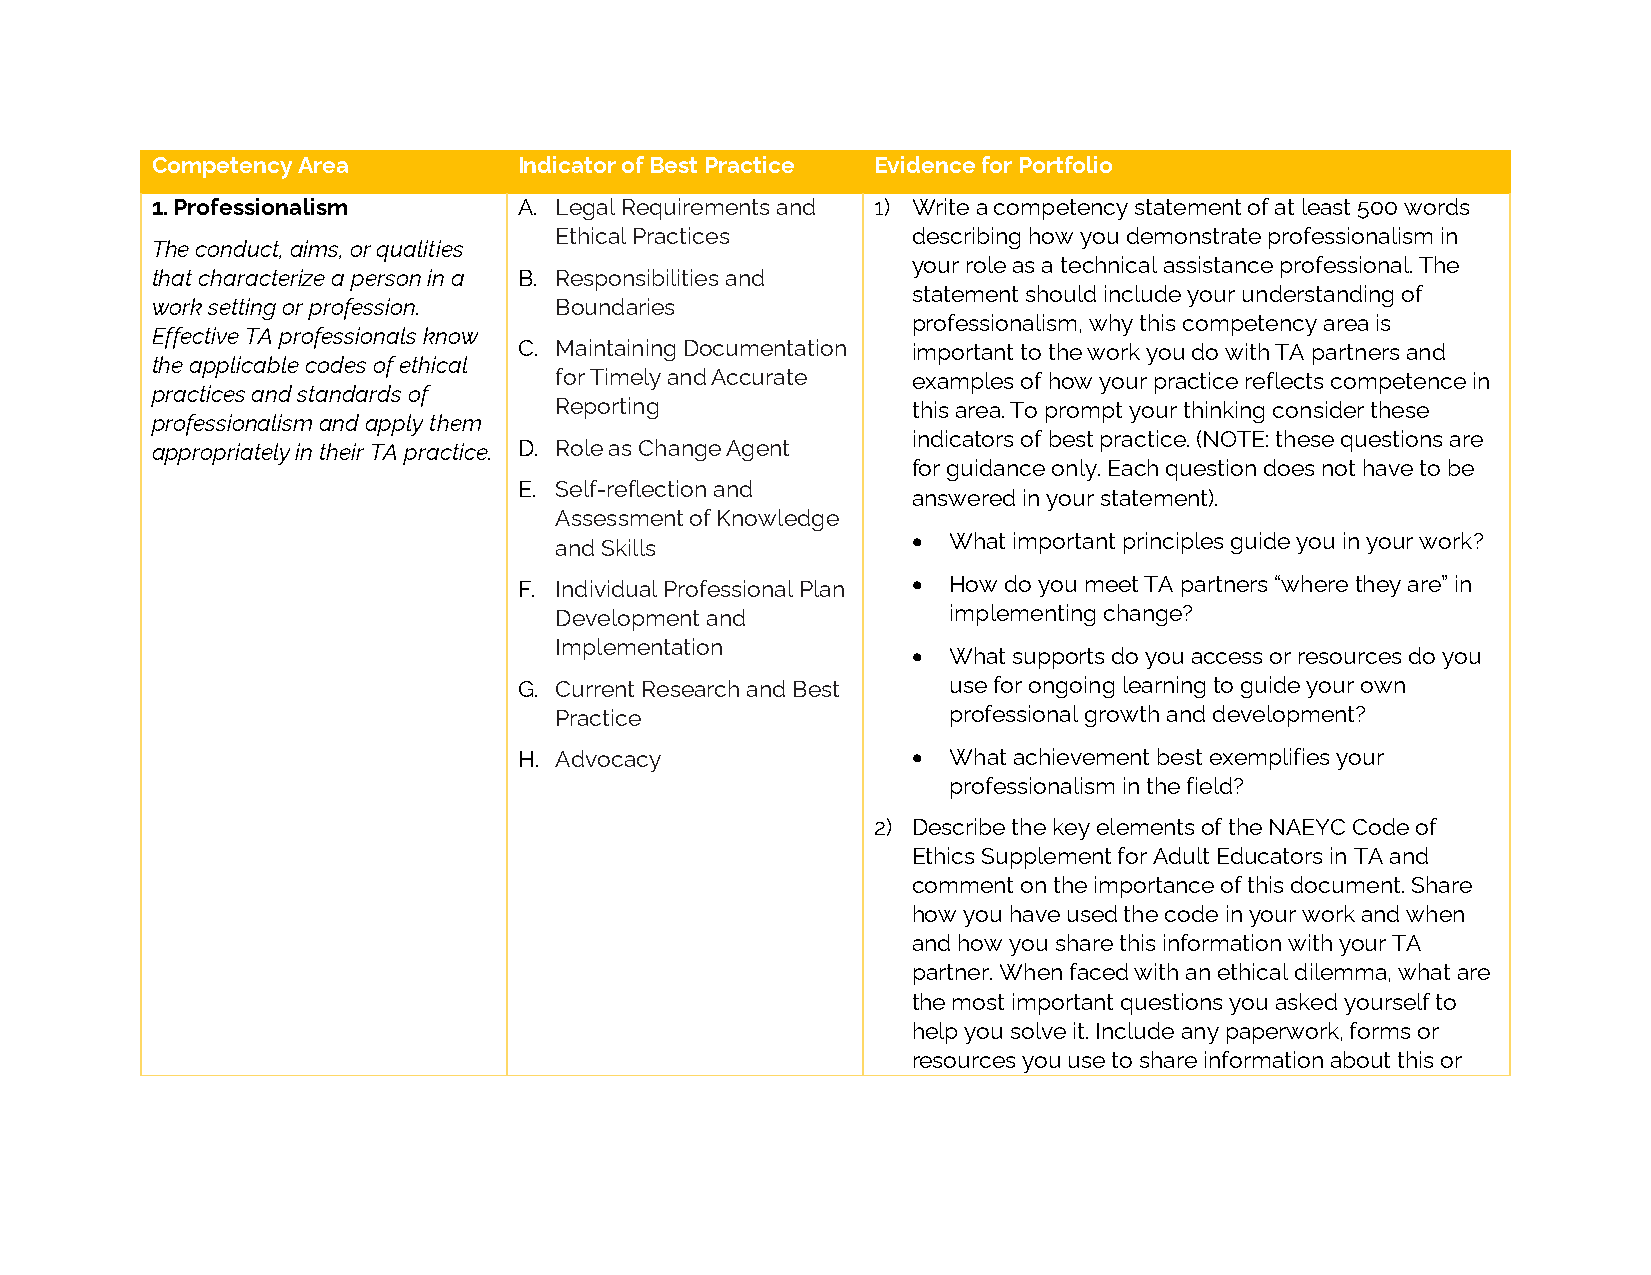
Competency Area         Indicator of Best Practice Evidence for Portfolio
 1. Professionalism      A. Legal Requirements and 1) Write a competency statement of at least 500 words
 Ethical Practices      describing how you demonstrate professionalism in
 The conduct, aims, or qualities
 your role as a technical assistance professional. The
 that characterize a person in a B. Responsibilities and
 statement should include your understanding of
 work setting or profession. Boundaries
 professionalism, why this competency area is
 Effective TA professionals know
 C. Maintaining Documentation important to the work you do with TA partners and
 the applicable codes of ethical
 for Timely and Accurate examples of how your practice reflects competence in
 practices and standards of
 Reporting              this area. To prompt your thinking consider these
 professionalism and apply them
 indicators of best practice. (NOTE: these questions are
 appropriately in their TA practice. D. Role as Change Agent
 for guidance only. Each question does not have to be
 E. Self-reflection and
 answered in your statement).
 Assessment of Knowledge
   What important principles guide you in your work?
 and Skills
 F. Individual Professional Plan  How do you meet TA partners “where they are” in
 Development and           implementing change?
 Implementation
   What supports do you access or resources do you
 G. Current Research and Best use for ongoing learning to guide your own
 Practice                  professional growth and development?
 H. Advocacy                 What achievement best exemplifies your
 professionalism in the field?
 2) Describe the key elements of the NAEYC Code of
 Ethics Supplement for Adult Educators in TA and
 comment on the importance of this document. Share
 how you have used the code in your work and when
 and how you share this information with your TA
 partner. When faced with an ethical dilemma, what are
 the most important questions you asked yourself to
 help you solve it. Include any paperwork, forms or
 resources you use to share information about this or